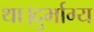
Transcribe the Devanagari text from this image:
था।दुर्भाग्य